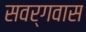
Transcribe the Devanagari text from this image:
सवर्गवास